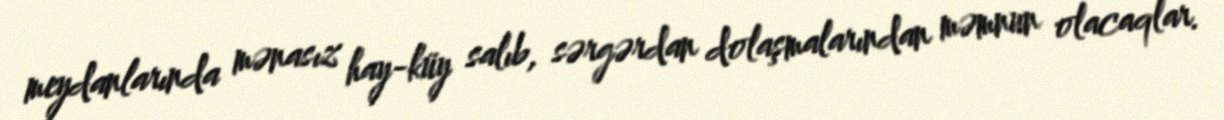
meydanlarında mənasız hay-küy salıb, sərgərdan dolaşmalarından məmnun olacaqlar.